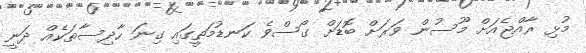
މުޅި ރާއްޖެއަށް މޫސުން ވަރަށް ބޮޑަށް ގޯސްވެ ކަނޑުމަތީގައި ގިނަ ހާދިސާތަކެއް ދަނީ